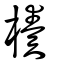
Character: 楱